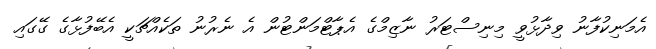
އެމަނިކުފާނު ވިދާޅުވީ މިނިސްޓަރު ނާޒިމްގެ އެޕާޓްމަންޓުން އެ ނެރުނު ތަކެއްޗަކީ އެބޭފުޅާގެ ގޭގައި